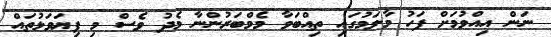
ނަން އިއްވުމަށް ފަހު މާލަމުގައި ތިއްބަވާ މެމްބަރުންނާ މެދު ވެސް މި ފިޔަވަޅުތައް